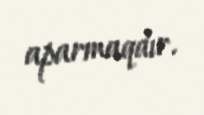
aparmaqdır.